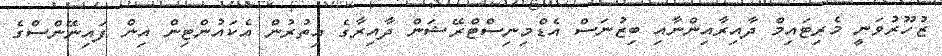
ޒުހޫރުވަނީ މެރިޓައިމް ދާއިރާއިންނާއި ބިޒުނަސް އެޑްމިނިސްޓްރޭޝަން ދާއިރާގެ އިތުރުން އެކައުންޓިން އިން ފައިނޭންސްގެ